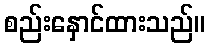
စည်းနှောင်ထားသည်။